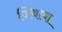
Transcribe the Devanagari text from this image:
जिवत्या